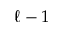
\ell - 1